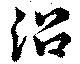
沿